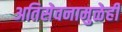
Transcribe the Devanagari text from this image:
अतिसेवनामुळेही